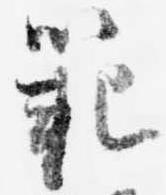
範